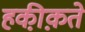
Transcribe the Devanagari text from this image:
हकी़क़ते